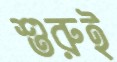
শুরুই